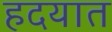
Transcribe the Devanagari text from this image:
हदयात